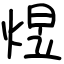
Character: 煜